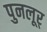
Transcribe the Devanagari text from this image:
पुनलूर्